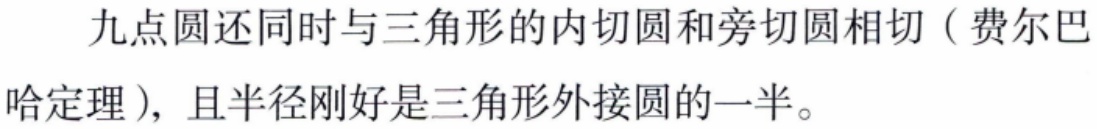
九点圆还同时与三角形的内切圆和旁切圆相切（费尔巴哈定理），且半径刚好是三角形外接圆的一半。